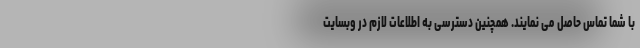
با شما تماس حاصل می نمایند. همچنین دسترسی به اطلاعات لازم در وبسایت